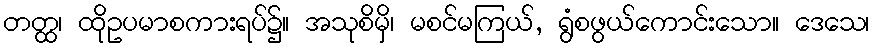
တတ္ထ၊ ထိုဥပမာစကားရပ်၌။ အသုစိမှိ၊ မစင်မကြယ်, ရွံစဖွယ်ကောင်းသော။ ဒေသေ၊